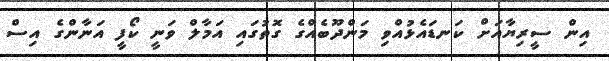
އިން ސީރިޔާއަށް ކަނޑައެޅުއްވި މަންދޫބެއްގެ ގޮތުގައި އަމާލް ވަނީ ކޯފީ އަނާންގެ އިސް